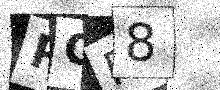
Text: POP8